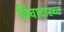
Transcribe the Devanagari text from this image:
विवादास्च्द